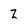
Character: Z